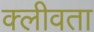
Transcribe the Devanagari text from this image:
क्लीवता